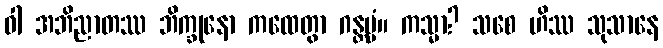
ဝါ အဘိညာတဿ ဘိက္ခုနော ကထေတွာ ဂန္တဗ္ဗံ။ ကသ္မာ? သစေ ဟိဿ သုသာနေ